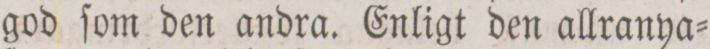
god ſom den andra. Enligt den allranya=